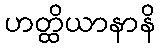
ဟတ္ထိယာနာနိ